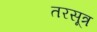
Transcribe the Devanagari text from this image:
तरसूत्र